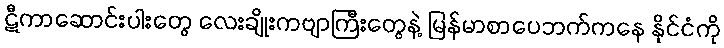
ဋီကာဆောင်းပါးတွေ လေးချိုးကဗျာကြီးတွေနဲ့ မြန်မာစာပေဘက်ကနေ နိုင်ငံကို